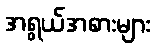
အရွယ်အစားများ